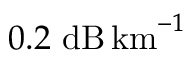
0 . 2 ~ \mathrm { d B } \, \mathrm { k m } ^ { - 1 }